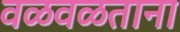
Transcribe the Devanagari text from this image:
वळवळताना